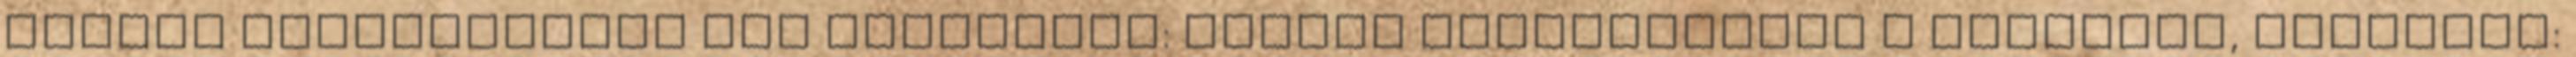
cigány anyanyelvűek két csoportja: Magyar anyanyelvűek  romungro, rumungro: